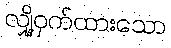
လျှို့ဝှက်ထားသော